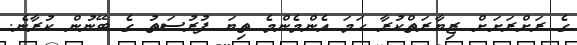
ގެ ރަށްރަށަށް ޒިޔާރަތްކުރާ ހަމަ އެންމެންމެ ތިޔަ ފުރުސަތު ގެ ބޭނުން ކުރާނެ.